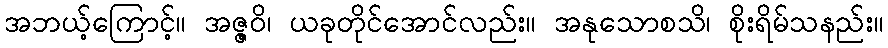
အဘယ့်ကြောင့်။ အဇ္ဇဝိ၊ ယခုတိုင်အောင်လည်း။ အနုသောစသိ၊ စိုးရိမ်သနည်း။